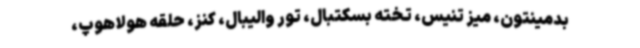
بدمینتون، میز تنیس، تخته بسکتبال، تور والیبال، کنز، حلقه هولاهوپ،